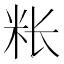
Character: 𰪭